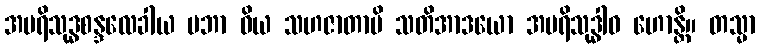
အပရိသုဒ္ဓစန္ဒလေခါယ ပဘာ ဝိယ သဟဇာတာပိ သတိအာဒယော အပရိသုဒ္ဓါဝ ဟောန္တိ။ တသ္မာ